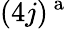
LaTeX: (4j)^{\mathrm{~a~}}